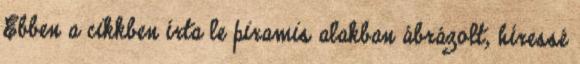
Ebben a cikkben írta le piramis alakban ábrázolt, híressé